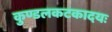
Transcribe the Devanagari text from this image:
कुण्डलकटकादयः